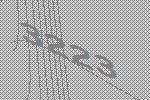
3223